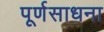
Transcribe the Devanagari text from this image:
पूर्णसाधना